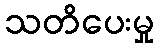
သတိပေးမှု